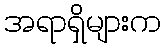
အရာရှိများက